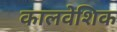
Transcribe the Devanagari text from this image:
कालवेशिक